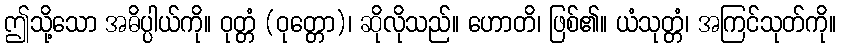
ဤသို့သော အဓိပ္ပါယ်ကို။ ဝုတ္တံ (ဝုတ္တော)၊ ဆိုလိုသည်။ ဟောတိ၊ ဖြစ်၏။ ယံသုတ္တံ၊ အကြင်သုတ်ကို။